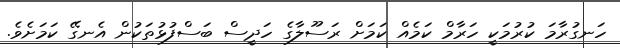
ހަނގުރާމަ ކުރުމަކީ ހަރާމް ކަމެއް ކަމަށް ރަސޫލާގެ ހަދީސް ބަސްފުޅުތަކުން އެނގޭ ކަމަށެވެ.